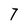
Character: 7